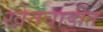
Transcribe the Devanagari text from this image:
खेतवाडीत